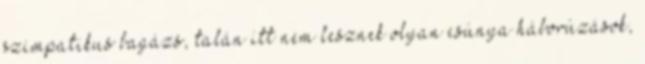
szimpatikus bagázs, talán itt nem lesznek olyan csúnya háborúzások,